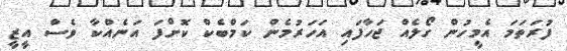
ފުރަތަމަ އެމީހުން ގޯލެއް ޖަހާފައި އަހަރުމެން ކަމްބެކް ކޮށްފަ އަނެއްކާ ވެސް އީޒީ